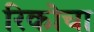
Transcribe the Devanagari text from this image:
रिकोचा